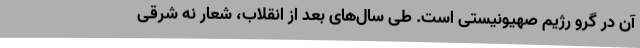
آن در گرو رژیم صهیونیستی است. طی سال‌های بعد از انقلاب، شعار نه شرقی